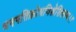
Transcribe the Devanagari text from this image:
धनपतिक्रोधविश्लेशितस्य।।